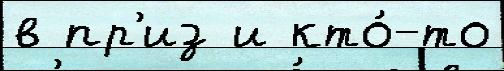
в пр'из и кто́-то